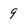
Character: g